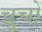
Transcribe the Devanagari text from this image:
च्रुचों